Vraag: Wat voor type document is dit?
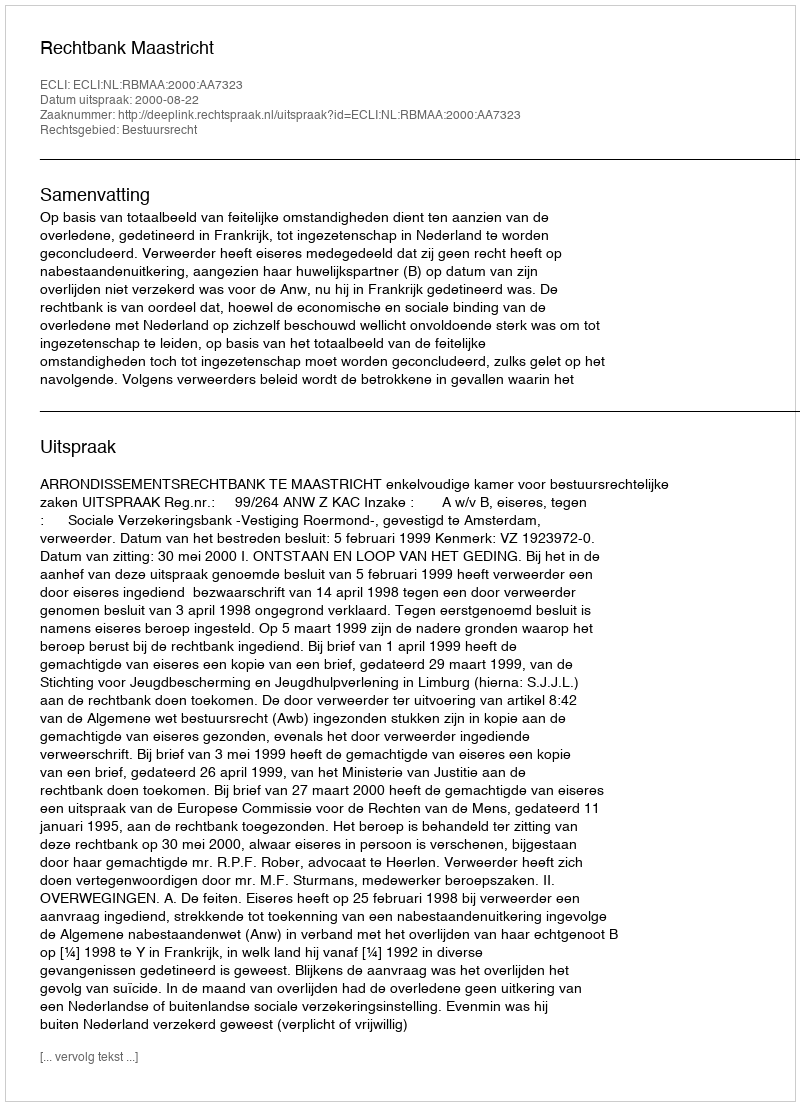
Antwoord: Uitspraak